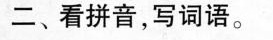
二、看拼音，写词语。